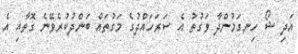
އަދި ޝޯ ހިނގަމުންދާ ވަގުތު އެ ސަރަހައްދުގެ މަގުތައް ބަންދުކުރެވޭނެ ގޮތާއި އެ